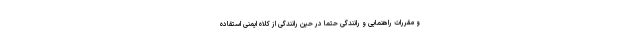
و مقررات راهنمایی و رانندگی حتما در حین رانندگی از کلاه ایمنی استقاده